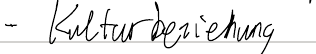
- Kulturbeziehung